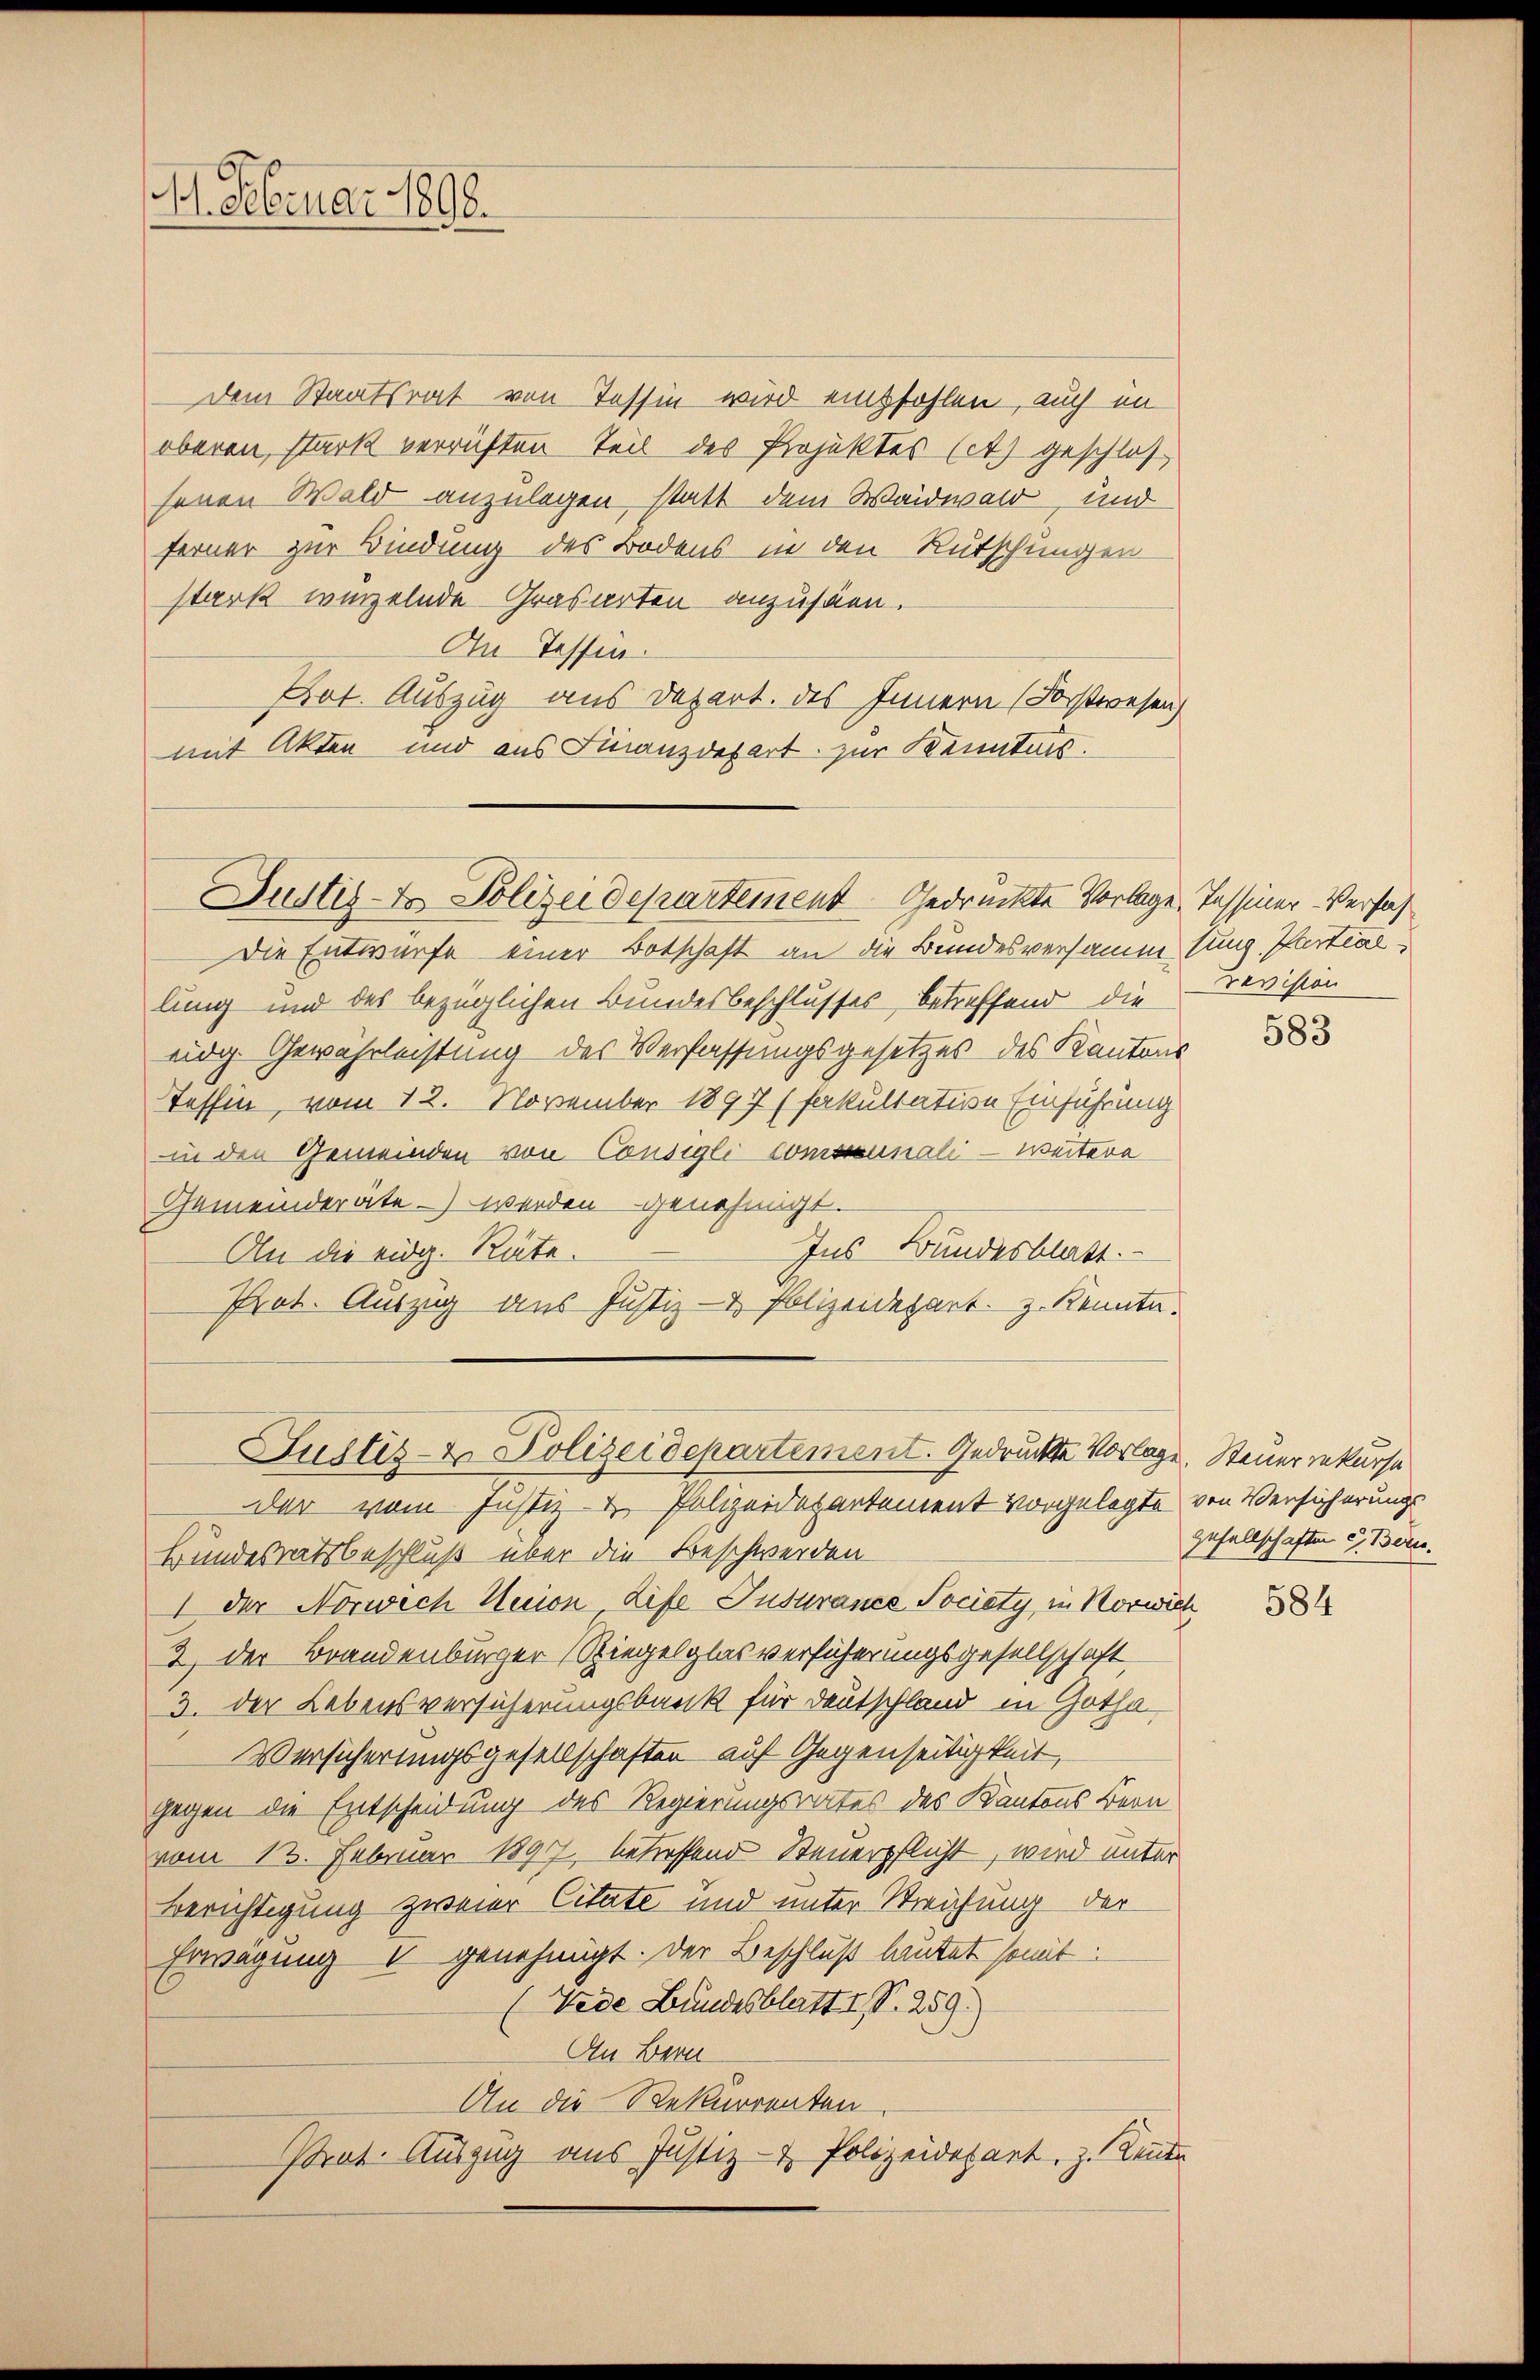
. Februar 1890.

Dem Staatsrat von Tessin wird empfohlen, auch im
oberen, stark verrichten Teil des Projektes (it) geschlos
senen Wald anzulegen, statt dem Waidwald und
ferner zur Bindung des Bodens in den Rutschungen
stark winzelnde Grasarten anzusäen.
An Tessin.
Pot. Auszug aus Depart. des Innern (Forstwesen
mit Akten und aus Finanzdepart zur Kenntnis.

Justiz- & Polizeidepartement gedruckte Vorlage, Tessiner Verfah¬

Die Entwurfe einer Botschaft an die Bundesversammlung Partiallung und des bezüglichen Bundesbeschlusses betreffend die
eidg. Gewährleistung des Verfassungsgesetzes des Kantons
Tessin, vom 12. November 1897 (fakultation Einführung
in den Gemeinden von Consigli-Communali - weitere
Gemeinderäte - werden genehmigt.
Ins Bundesblatt.
An die eidg. Räte.
Prot. Auszug aus Justiz- & Polizeidepart. Z. Kennte.
der vom Justiz- & Polizeidepartement vorgelegte von Versicherungs
Bundesratsbeschluß über die Beschwerden
I der Norwech Union Life Tusurance Society, in Norwie
2) der Brandenburger Spiegelglas versicherungsgesellschaft,
3. der Lebensversicherungsbank für Deutschland in Gotha
Versicherungsgesellschaften auf Gegenseitigkeit,
gegen die Entscheidung des Regierungsrates des Kantons Bern
vom 13. Februar 1897 betreffend Steuerpflicht, wird unter
Berichtigung zweier Citate und unter Streichung der
Erwägung I genehmigt. Der Beschluß lautet somit:
(Tede Bundesblatt 1 S. 259.
An Bern
An die Rekurrenten.
strat. Auszug aus Justiz- & Polizeidepart. z. Rente

Justiz- & Polizeidepartement. Gedruckte Vorlage. Steuer rekursa

Devision

583

Gesellschaften u. Bern.

584